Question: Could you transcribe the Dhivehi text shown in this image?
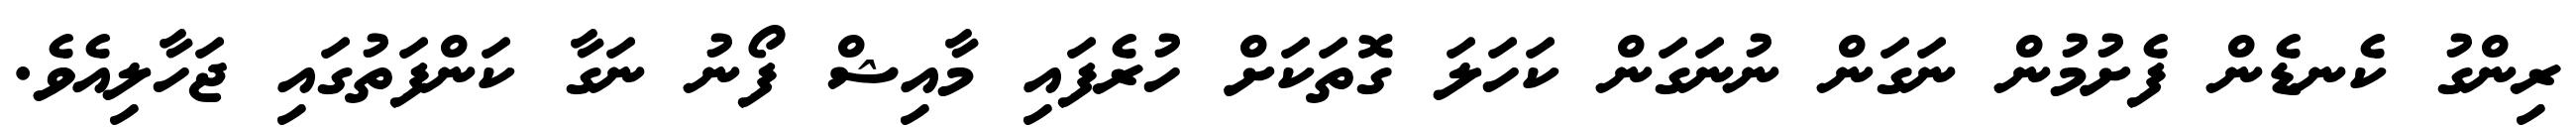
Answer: ރިންގު ކެނޑެން ފެށުމުން ނަގަން ނުނަގަން ކަހަލަ ގޮތަކަށް ހުރެފައި މާއިޝް ފޯނު ނަގާ ކަންފަތުގައި ޖަހާލިއެވެ.